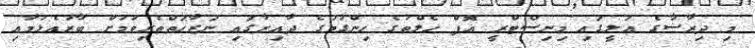
މި ދިރާސާގެ އަލީގައި މިނިސްޓްރީ އޮފް ހެލްތުގެ ހިންގުމުގެ ދާއިރާގައި ނަޒާހަތްތެރިވުމަށް ބާރުއެޅުމާއި